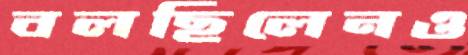
বলছিলেনও